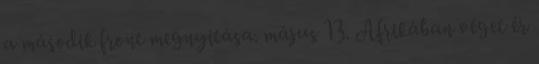
a második front megnyitása. május 13. Afrikában véget ér